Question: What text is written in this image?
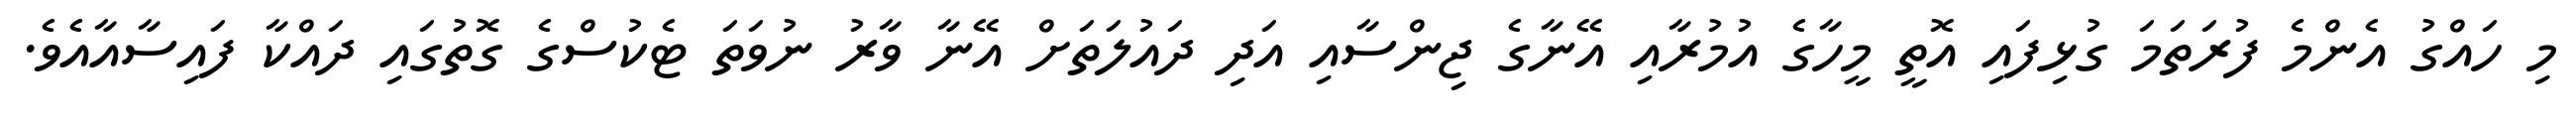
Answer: މި ހައްގު އެންމެ ފުރަތަމަ ގުޅިފައި އޮތީ މީހާގެ އުމުރާއި އޭނާގެ ޖިންސާއި އަދި ދައުލަތަށް އޭނާ ވާރު ނުވަތަ ޓެކުސްގެ ގޮތުގައި ދައްކާ ފައިސާއާއެވެ.